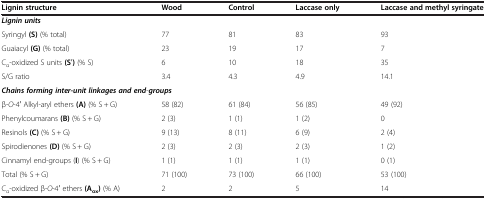
| Lignin structure | Wood | Control | Laccase only | Laccase and methyl syringate |
 | --- | --- | --- | --- | --- |
 | <COLSPAN=5> Lignin units |
 | Syringyl (S) (% total) | 77 | 81 | 83 | 93 |
 | Guaiacyl (G) (% total) | 23 | 19 | 17 | 7 |
 | Cα-oxidized S units (Sʹ) (% S) | 6 | 10 | 18 | 35 |
 | S/G ratio | 3.4 | 4.3 | 4.9 | 14.1 |
 | <COLSPAN=5> Chains forming inter-unit linkages and end-groups |
 | β-O-4ʹ Alkyl-aryl ethers (A) (% S + G) | 58 (82) | 61 (84) | 56 (85) | 49 (92) |
 | Phenylcoumarans (B) (% S + G) | 2 (3) | 1 (1) | 1 (2) | 0 |
 | Resinols (C) (% S + G) | 9 (13) | 8 (11) | 6 (9) | 2 (4) |
 | Spirodienones (D) (% S + G) | 2 (3) | 2 (3) | 2 (3) | 1 (2) |
 | Cinnamyl end-groups (I) (% S + G) | 1 (1) | 1 (1) | 1 (1) | 0 (1) |
 | Total (% S + G) | 71 (100) | 73 (100) | 66 (100) | 53 (100) |
 | Cα-oxidized β-O-4ʹ ethers (Aox) (% A) | 2 | 2 | 5 | 14 |